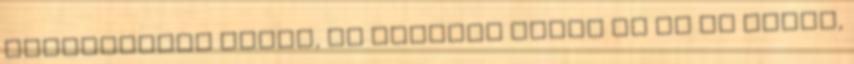
lelombozóan hatna, és tényleg azért jó ez az egész,